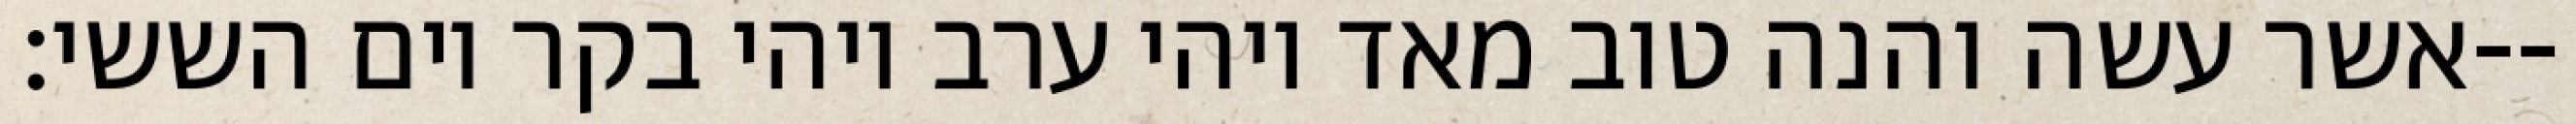
אשר עשה והנה טוב מאד ויהי ערב ויהי בקר יום הששי׃--